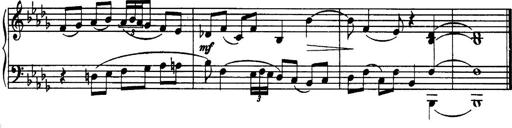
Title: 3 Sonatinas, Op.67
Composer: Jean Sibelius